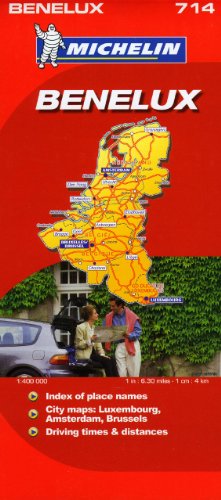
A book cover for Michelin Map Benelux (Belgium, The Netherlands, Luxembourg) 714 (Maps/Country (Michelin)); Michelin; Travel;